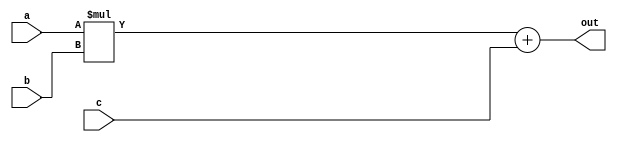
//-------------------------------------------------------
//  Functionality: A 20-bit multiply-acculumate circuit
//-------------------------------------------------------

module mac_20(a, b, c, out);
parameter DATA_WIDTH = 20;  /* declare a parameter. default required */
input [DATA_WIDTH - 1 : 0] a, b, c;
output [DATA_WIDTH - 1 : 0] out;

assign out = a * b + c;

endmodule